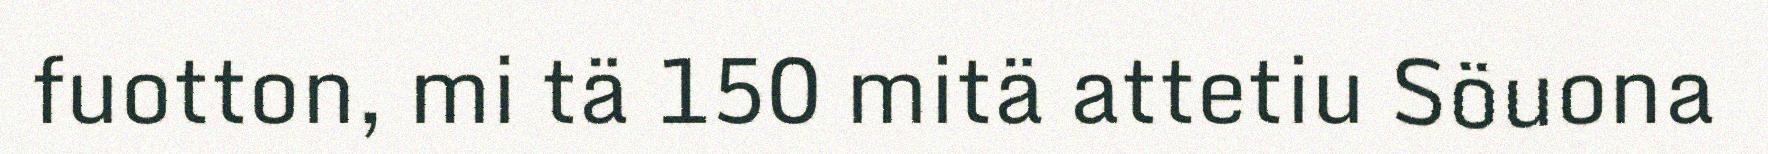
fuotton, mi tä 150 mitä attetiu Söuona